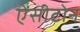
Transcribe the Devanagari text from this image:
ऐंसीटोन